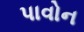
પાવોન